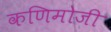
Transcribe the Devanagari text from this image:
कणिमोजी